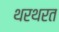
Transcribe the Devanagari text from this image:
थरथरत